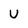
Character: U